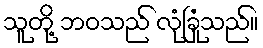
သူတို့ ဘဝသည် လုံခြုံသည်။